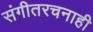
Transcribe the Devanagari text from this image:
संगीतरचनाही